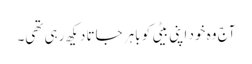
آج وہ خود اپنی بیٹی کو باہر جاتا دیکھ رہی تھی۔